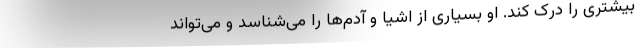
بیشتری را درک کند. او بسیاری از اشیا و آدم‌ها را می‌شناسد و می‌تواند